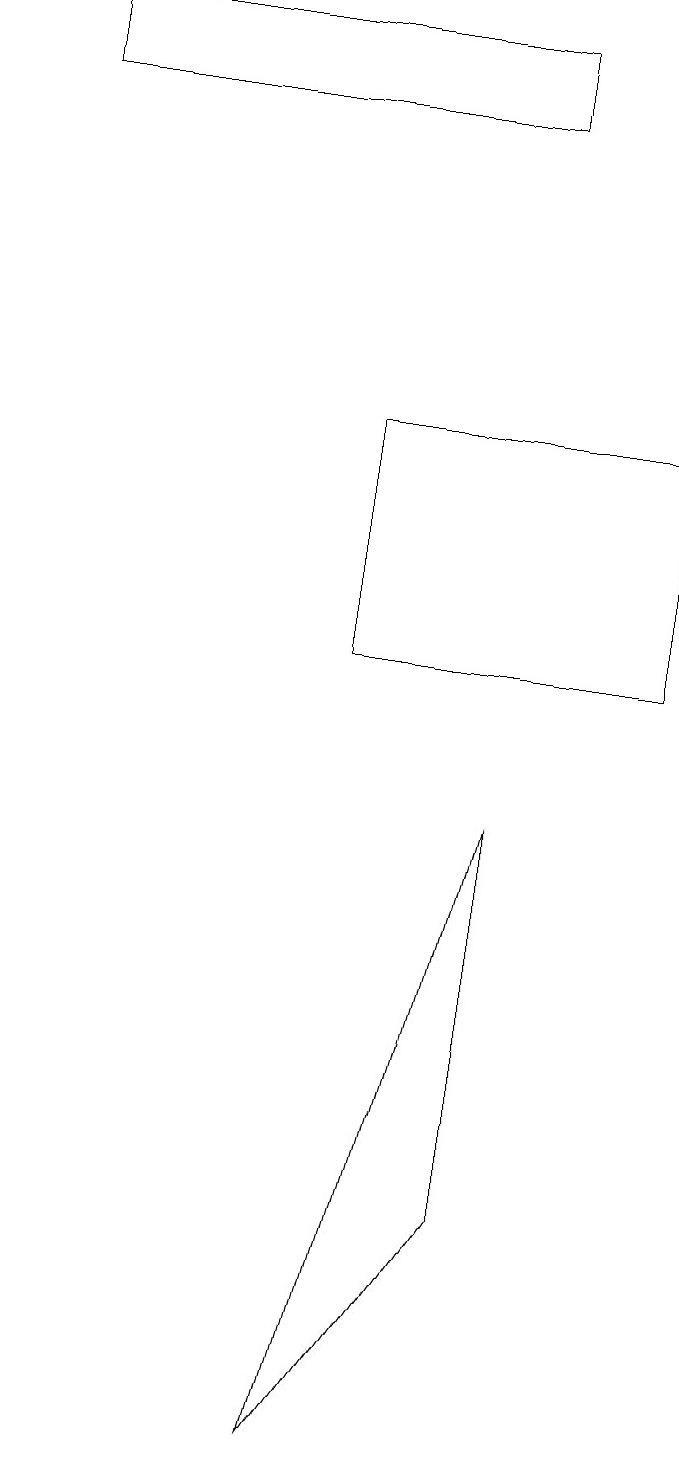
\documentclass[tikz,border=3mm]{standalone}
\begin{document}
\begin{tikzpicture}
\draw (6,3) -- (4,0) -- (6,8) -- cycle;
\draw (6,18) rectangle (0,17);
\draw (4,10) rectangle (8,13);
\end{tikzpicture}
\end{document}